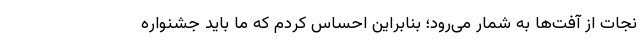
نجات از آفت‌ها به شمار می‌رود؛ بنابراین احساس کردم که ما باید جشنواره